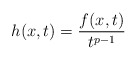
\begin{align*}\ h(x,t)=\frac{f(x,t)}{t^{p-1}}\end{align*}